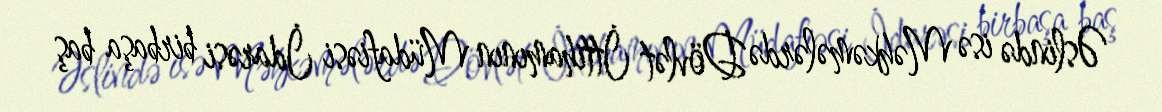
Əslində isə Məhkəmələrdə Dövlət İttihamının Müdafiəsi İdarəsi birbaşa baş